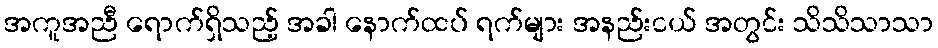
အကူအညီ ရောက်ရှိသည့် အခါ နောက်ထပ် ရက်များ အနည်းငယ် အတွင်း သိသိသာသာ